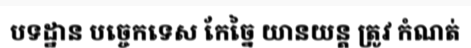
បទដ្ឋាន បច្ចេកទេស កែច្នៃ យានយន្ត ត្រូវ កំណត់